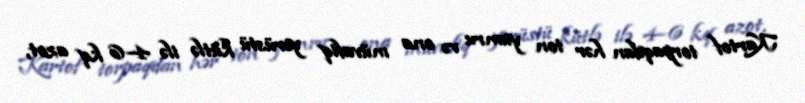
Kartof torpaqdan hər ton yumru və ona müvafiq yerüstü kütlə ilə 4–6 kq azot,